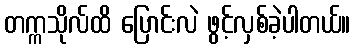
တက္ကသိုလ်ထိ ပြောင်းလဲ ဖွင့်လှစ်ခဲ့ပါတယ်။